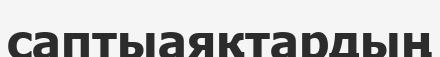
саптыаяқтардың